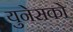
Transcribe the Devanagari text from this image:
युनेसको